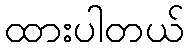
ထားပါတယ်